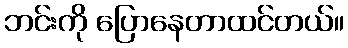
ဘင်းကို ပြောနေတာထင်တယ်။